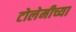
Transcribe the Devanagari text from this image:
टोलेमीच्या